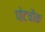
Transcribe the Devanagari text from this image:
पोटचौक